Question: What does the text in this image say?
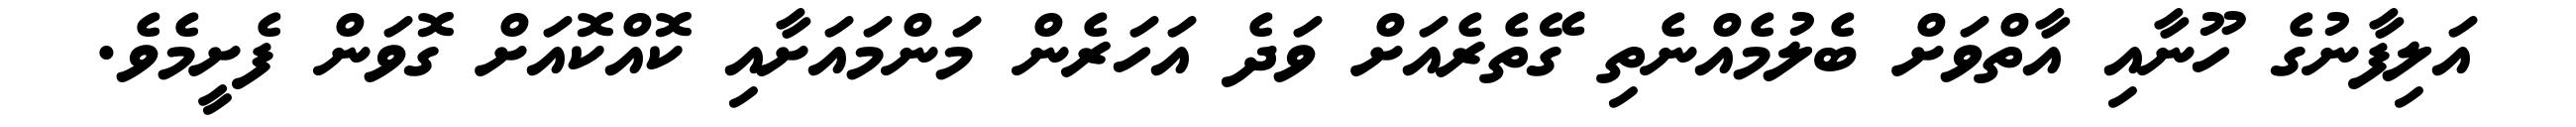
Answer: އަލިފާނުގެ ހޫނާއި އާތްވަށް ބެލުމެއްނެތި ގޭތެރެއަށް ވަދެ އަހަރެން މަންމައަށާއި ކޮއްކޮއަށް ގޮވަން ފެށީމެވެ.